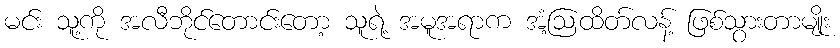
မင်း သူ့ကို အလီဘိုင်တောင်းတော့ သူရဲ့ အမူအရာက အံ့ဩထိတ်လန့် ဖြစ်သွားတာမျိုး